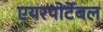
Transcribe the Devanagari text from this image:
एयरपोर्टेबल